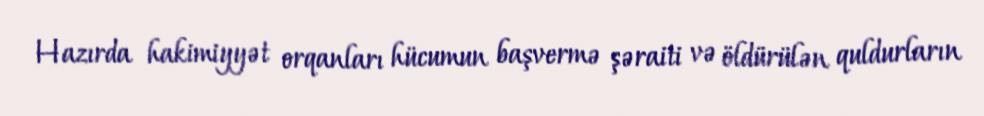
Hazırda hakimiyyət orqanları hücumun başvermə şəraiti və öldürülən quldurların